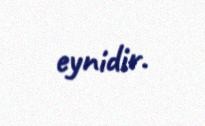
eynidir.